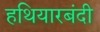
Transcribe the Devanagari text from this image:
हथियारबंदी